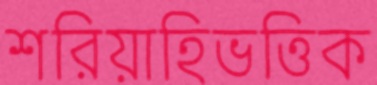
শরিয়াহিভত্তিক